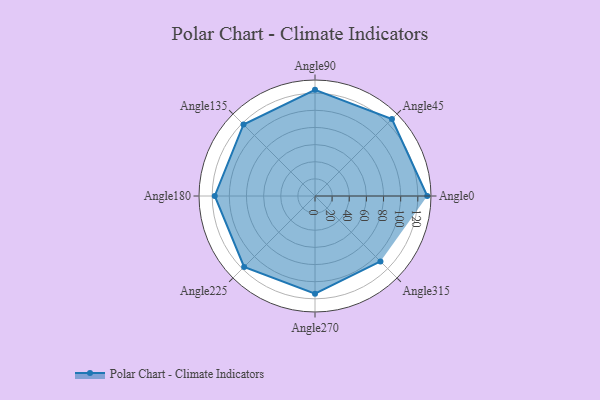
{"axis": {"x": "Angle", "y": "Radius"}, "legend": [""], "data": [{"x": "Angle0", "y": 131.0, "type": ""}, {"x": "Angle45", "y": 127.0, "type": ""}, {"x": "Angle90", "y": 124.0, "type": ""}, {"x": "Angle135", "y": 118.0, "type": ""}, {"x": "Angle180", "y": 117.0, "type": ""}, {"x": "Angle225", "y": 117.0, "type": ""}, {"x": "Angle270", "y": 114.0, "type": ""}, {"x": "Angle315", "y": 108.0, "type": ""}]}